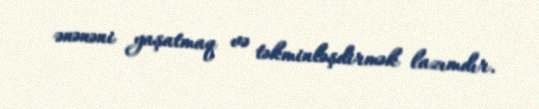
ənənəni yaşatmaq və təkminləşdirmək lazımdır.